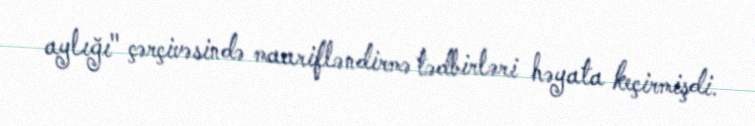
aylığı" çərçivəsində maarifləndirmə tədbirləri həyata keçirmişdi.